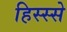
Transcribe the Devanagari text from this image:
हिस्‍स्‍से